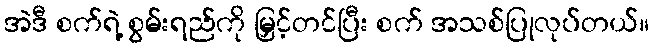
အဲဒီ စက်ရဲ့ စွမ်းရည်ကို မြှင့်တင်ပြီး စက် အသစ်ပြုလုပ်တယ်။